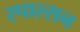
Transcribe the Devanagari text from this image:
स्पाल्सन